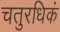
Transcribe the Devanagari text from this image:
चतुरधिकं